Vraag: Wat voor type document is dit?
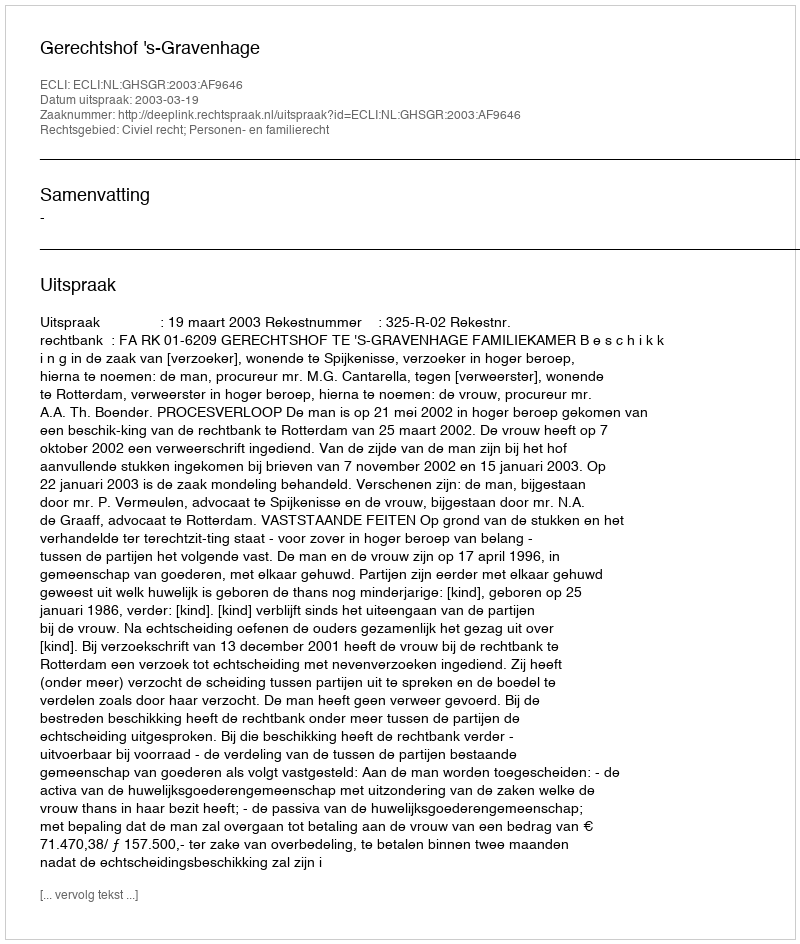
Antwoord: Uitspraak